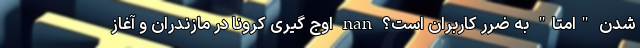
شدن "امتا" به ضرر کاربران است؟ nan اوج گیری کرونا در مازندران و آغاز